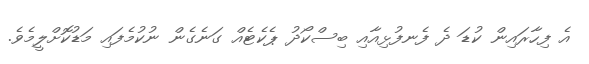
އެ ފިހާރައިން ކުޑަ ދެ ފެނފުޅިއާއި ބިސްކޯދު ޕެކެޓެއް ގަނެގެން ނުކުމެފައި މަޑުކޮށްލީމެވެ.